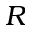
R